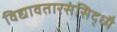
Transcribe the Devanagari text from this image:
विद्यावतारसंसिद्ध्यै